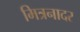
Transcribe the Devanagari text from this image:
मित्रनादर